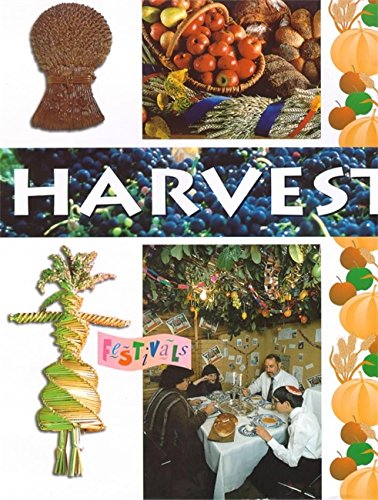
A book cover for Harvest (Festivals); Polly Goodman; Children's Books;